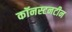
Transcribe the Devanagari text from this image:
कॉनस्टनटीन